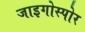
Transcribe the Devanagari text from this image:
जाइगोस्पोर